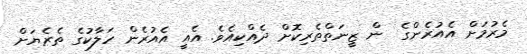
މެރުމަށް އެއުރެންގެ  ން ޒީނަތްތެރިކޮށް ދެއްކިއެވެ. އެއީ އެއުރެން ހަލާކުގެ ތެރެޔަށް